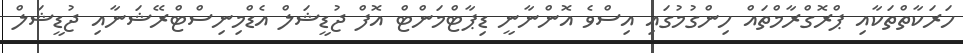
ހަރަކާތްތަކާއި ޕްރޮގްރާމްތައް ހިންގުމުގައި އިސްވެ އޮންނާނީ ޑިޕާޓްމަންޓް އޮފް ޖުޑީޝަލް އެޑްމިނިސްޓްރޭޝަނާއި ޖުޑީޝަލް